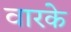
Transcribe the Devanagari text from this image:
वारके